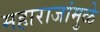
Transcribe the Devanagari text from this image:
महाराजांमुळे